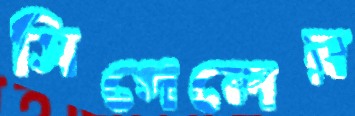
সিগেলের